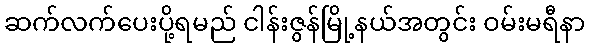
ဆက်လက်ပေးပို့ရမည် ငါန်းဇွန်မြို့နယ်အတွင်း ဝမ်းမရီနာ